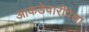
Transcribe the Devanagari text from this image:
आकडेवारीपेक्षा